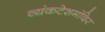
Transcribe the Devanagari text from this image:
व्यंकटेशमंदिर